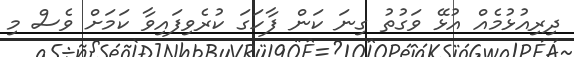
ދިރިއުޅުމެއް އުޅޭ ވަގުތު ގިނަ ކަން ފާހަގަ ކުރެވިފައިވާ ކަމަށް ވެސް މި